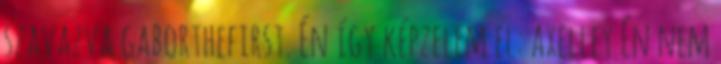
szavazva gaborthefirst. Én így képzelem el: axelley Én nem